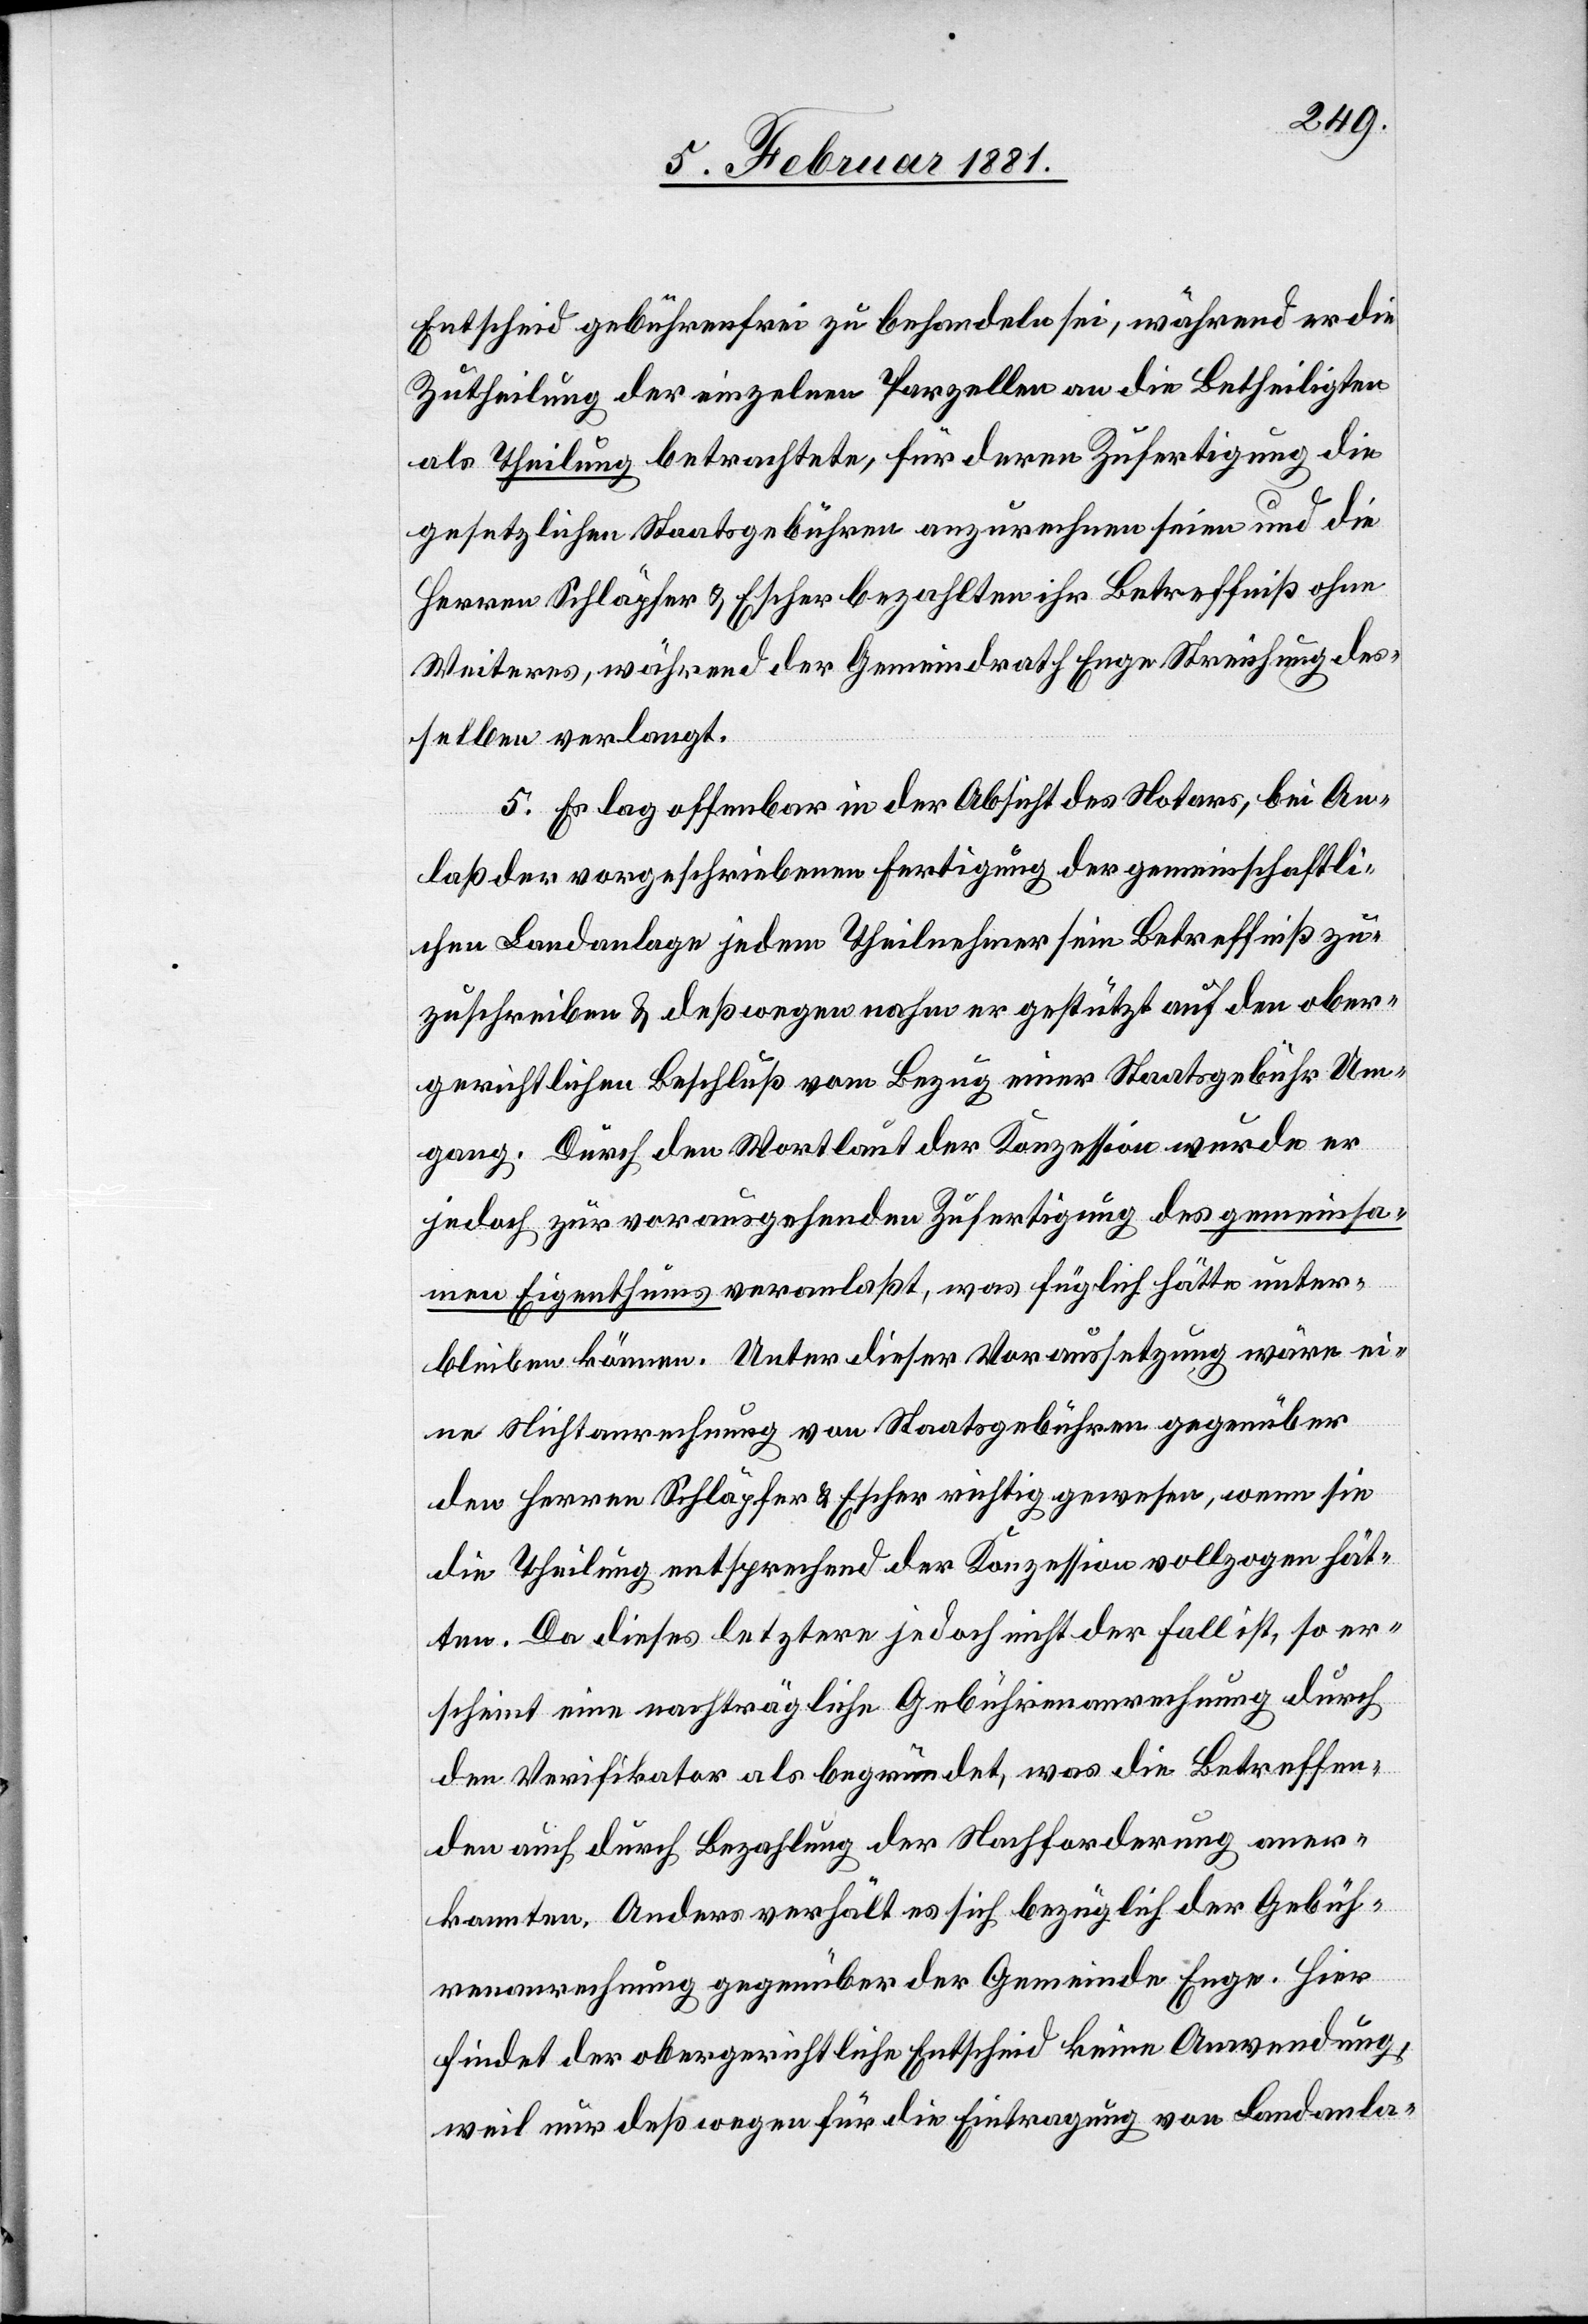
Entscheid gebührenfrei zu behandeln sei, während er die
Zutheilung der einzelnen Parzellen an die Betheiligten
als Theilung betrachtete, für deren Zufertigung die
gesetzlichen Staatsgebühren anzurechnen seien und die
Herren Schläpfer & Escher bezahlten ihr Betreffniß ohne
Weiteres, während der Gemeindrath Enge Streichung des¬
selben verlangt.
5. Es lag offenbar in der Absicht des Notars, bei An¬
laß der vorgeschriebenen Fertigung der gemeinschaftli¬
chen Landanlage jedem Theilnehmer sein Betreffniß zu
zuschreiben & deßwegen nahm er gestützt auf den ober¬
gerichtlichen Beschluß vom Bezug einer Staatsgebühr Um¬
gang. Durch den Wortlaut der Konzession wurde er
jedoch zur vorausgehenden Zufertigung des gemeinsa¬
men Eigenthums veranlaßt, was füglich hätte unter¬
bleiben können. Unter dieser Voraussetzung wäre ei¬
ne Nichtanrechnung von Staatsgebühren gegenüber
den Herren Schläpfer & Escher richtig gewesen, wenn sie
die Theilung entsprechend der Konzession vollzogen hät¬
ten. Da dieses letztere jedoch nicht der Fall ist, so er¬
scheint eine nachträgliche Gebührenrechnung durch
den Verifikator als begründet, was die Betreffen¬
den auch durch Bezahlung der Nachforderung aner¬
kannten. Anders verhält es sich bezüglich der Gebüh¬
renrechnung gegenüber der Gemeinde Enge. Hier
findet der obergerichtliche Entscheid keine Anwendung,
weil nur daß deßwegen für die Eintragung von Landanla-